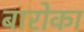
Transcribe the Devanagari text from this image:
बारोका